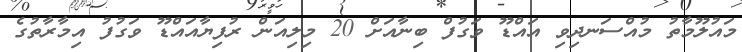
މައުލޫމާތު މުއްސަނދިވި އައްޑޫ ވަގުފް ބިނާއަށް 20 މިލިއަން ރުފިޔާއައްޑޫ ވަގުފު އިމާރާތުގެ